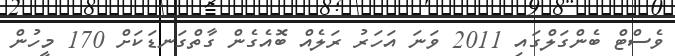
ވެސްޓް ބެންގަލްގައި 2011 ވަނަ އަހަރު ރަލެއް ބޮއެގެން ގާތްގަނޑަކަށް 170 މީހުން